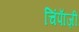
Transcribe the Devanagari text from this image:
चिंपाॅज़ी